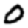
Digit: 0